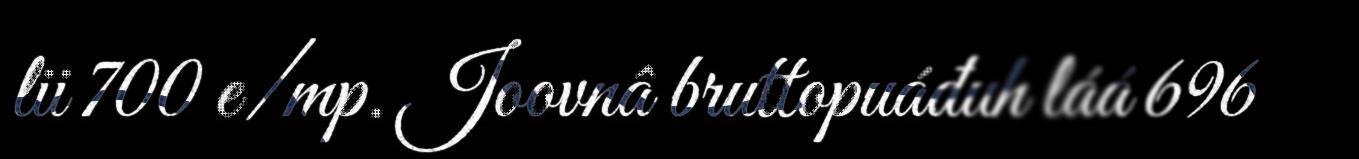
lii 700 e/mp. Joovnâ bruttopuáđuh láá 696